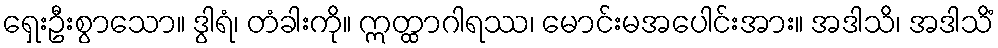
ရှေးဦးစွာသော။ ဒွါရံ၊ တံခါးကို။ ဣတ္ထာဂါရဿ၊ မောင်းမအပေါင်းအား။ အဒါသိ၊ အဒါသိံ